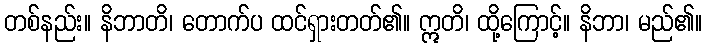
တစ်နည်း။ နိဘာတိ၊ တောက်ပ ထင်ရှားတတ်၏။ ဣတိ၊ ထို့ကြောင့်။ နိဘာ၊ မည်၏။